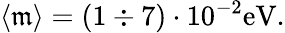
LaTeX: \langle\mathfrak{m}\rangle=(1\div7)\cdot10^{-2}\mathrm{{eV}}.